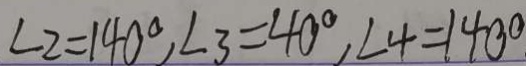
\angle 2 = 1 4 0 ^ { \circ } , \angle 3 = 4 0 ^ { \circ } , \angle 4 = 1 4 0 ^ { \circ }